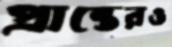
প্রান্তেরও